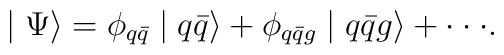
\mid \Psi \rangle = \phi_{q\bar{q}} \mid q\bar{q} \rangle +\phi_{q\bar{q}g} \mid q\bar{q}g \rangle + \cdot\cdot\cdot.